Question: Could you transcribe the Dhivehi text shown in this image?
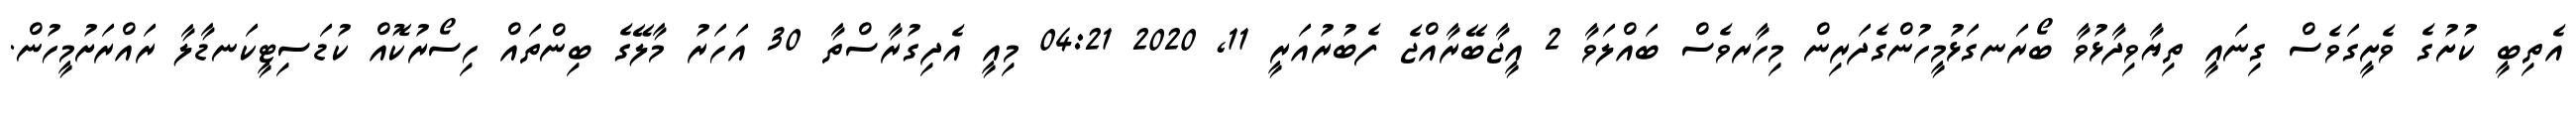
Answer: އެތިބީ ކުށުގެ ވެށީގަވެސް ގިނައީ ތިޔާވިދާޅުވާ ބޯރަނގަޅުމީހުންގެދަރިން މިހާރވެސް ބައްލަވާ 2 އީޖާބޭރާއްޖެ ފެބުރުއަރީ 11, 2020 04:21 މިއީ އެދިގުރާސްތާ 30 އަހަރު މާލޭގެ ބިންތައް ހިސޯރުކޮއް ކުޑަސިޓީކަނޑާލާ ރައްރަށުމީހުން.